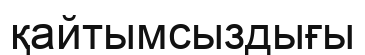
қайтымсыздығы